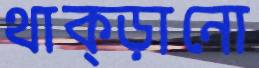
থাক্‌ড়ানো